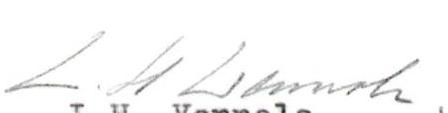
L.H. Vennola